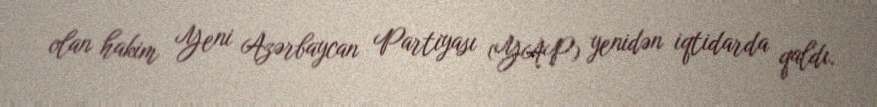
olan hakim Yeni Azərbaycan Partiyası (YAP) yenidən iqtidarda qaldı.